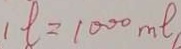
1 l = 1 0 0 0 m l